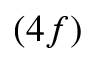
( 4 f )